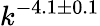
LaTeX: k^{-4.1\pm 0.1}